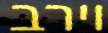
וירב